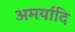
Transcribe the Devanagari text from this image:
अमर्यादि